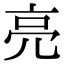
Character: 亮